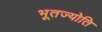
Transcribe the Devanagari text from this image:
भूतज्योति